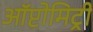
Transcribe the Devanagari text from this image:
ऑप्टोमिट्री